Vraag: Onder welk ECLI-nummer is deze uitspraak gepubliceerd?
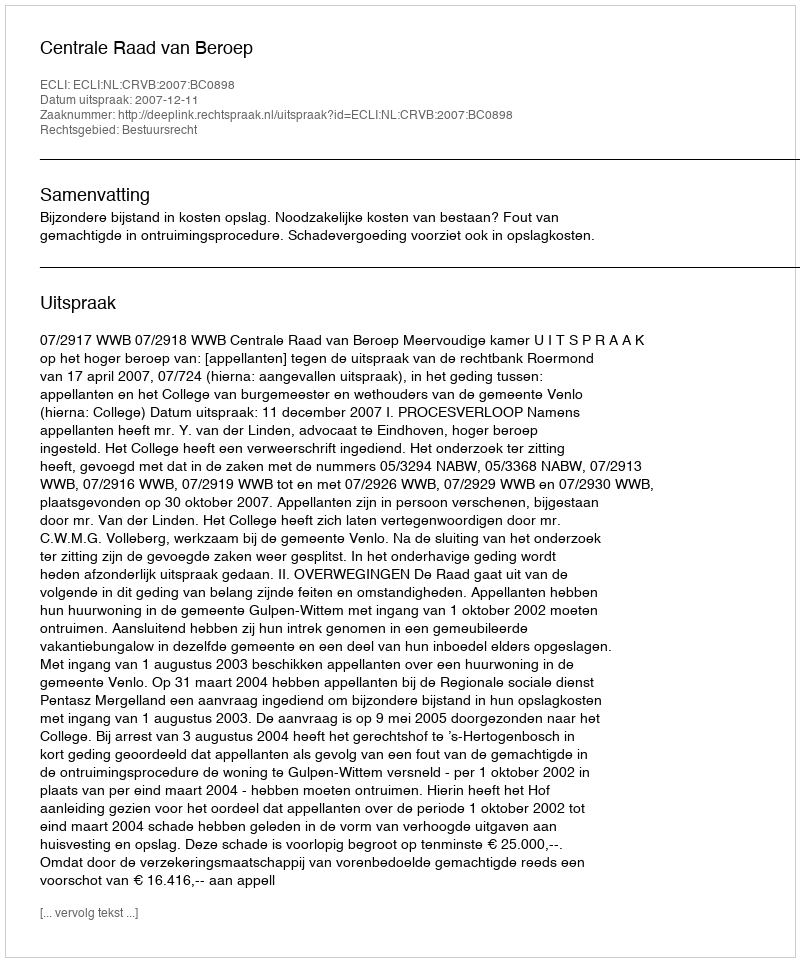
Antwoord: ECLI:NL:CRVB:2007:BC0898